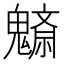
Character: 𩴚